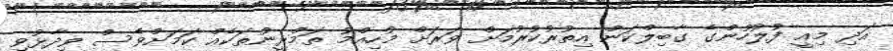
އަދި މިއީ ފުލުހުންގެ ގާބިލްކަން އިތުރުކުރުމަށް ވަރަށް މުހިއްމު ތަމްރީނުތަކެއް ކަމަށްވެސް ވިދާޅުވި